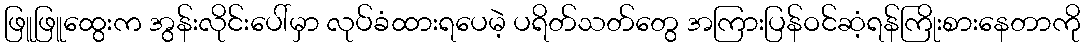
ဖြူဖြူထွေးက အွန်းလိုင်းပေါ်မှာ လုပ်ခံထားရပေမဲ့ ပရိတ်သတ်တွေ အကြားပြန်ဝင်ဆံ့ရန်ကြိုးစားနေတာကို